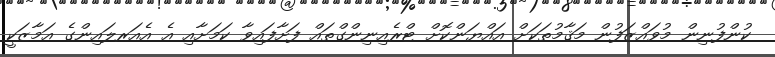
ކުންފުނިން މުވައްޒަފުން މަޤާމުތަކަށް އައްޔަންކޮށް ޓްރެއިނިންގްތައް ފަށާފައިވާ ކަމަށާއި އެ އެއަރލައިންގެ އަމާޒަކީ